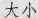
大小